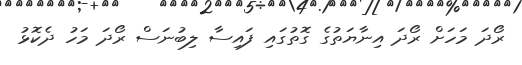
ރޯދަ މަހަށް ރޯދަ އިނާޔަތުގެ ގޮތުގައި ފައިސާ ލިބުނަސް ރޯދަ މަހު ދެކޮޅު